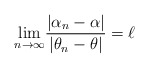
\begin{align*}\underset{n\rightarrow \infty }{\lim }\frac{\left\vert \alpha_{n}-\alpha\right\vert }{\left\vert \theta_{n}-\theta\right\vert }=\ell \end{align*}